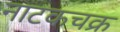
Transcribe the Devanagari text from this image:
नाटकचक्र